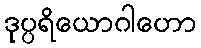
ဒုပ္ပရိယောဂါဟော